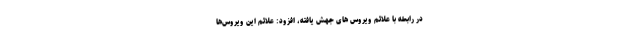
در رابطه با علائم ویروس های جهش یافته، افزود: علائم این ویروس‌ها